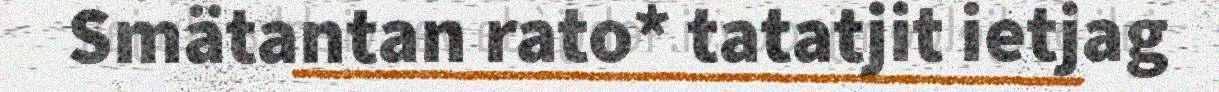
Smätantan rato* tatatjit ietjag